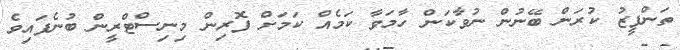
ތަންފީޒު ކުރަން ބޭނުން ނުވާކަން ހާމަވާ ކަމެއް ކަމަށް ފޮރިން މިނިސްޓްރީން ބުނެފައިވެ